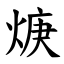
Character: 焿